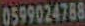
0599024788